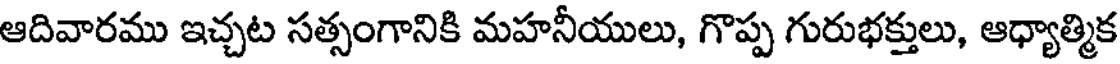
ఆదివారము ఇచ్చట సత్సంగానికి మహనీయులు, గొప్ప గురుభక్తులు, ఆధ్యాత్మిక